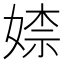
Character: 𡞫